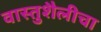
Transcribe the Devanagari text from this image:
वास्तुशैलीचा